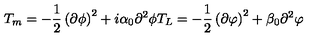
T _ { m } = - { \frac { 1 } { 2 } } \left( \partial \phi \right) ^ { 2 } + i \alpha _ { 0 } \partial ^ { 2 } \phi T _ { L } = - { \frac { 1 } { 2 } } \left( \partial \varphi \right) ^ { 2 } + \beta _ { 0 } \partial ^ { 2 } \varphi